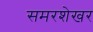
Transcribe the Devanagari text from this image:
समरशेखर